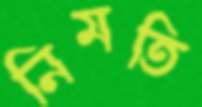
নিমতি